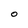
Character: O